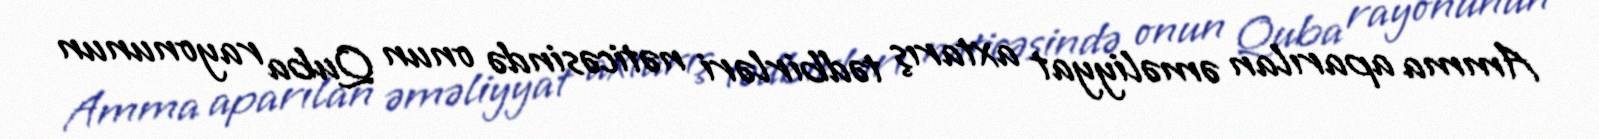
Amma aparılan əməliyyat axtarış tədbirləri nəticəsində onun Quba rayonunun